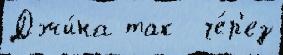
Джи́на так  че́р'ез